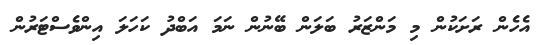
އެހެން ރަށަކުން މި މަންޒަރު ބަލަން ބޭނުން ނަމަ އަބްދު ކަހަލަ އިންވެސްޓަރުން